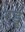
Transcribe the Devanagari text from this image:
गड्ढें